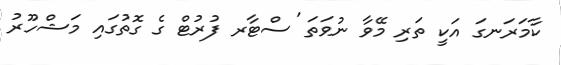
ކާމަރަނގަ އަކީ ތަރި މޭވާ ނުވަތަ 'ސްޓާރ ފުރުޓް ގެ ގޮތުގައި މަޝްހޫރު